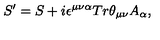
S ^ { \prime } = S + i \epsilon ^ { \mu \nu \alpha } T r \theta _ { \mu \nu } A _ { \alpha } ,